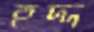
হদ্দ